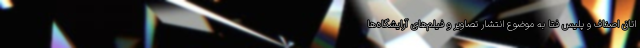
اتاق اصناف و پلیس فتا به موضوع انتشار تصاویر و فیلم‌های آرایشگاه‌ها